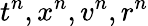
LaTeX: t^{n},x^{n},v^{n},r^{n}